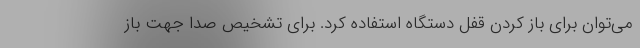
می‌توان برای باز کردن قفل دستگاه استفاده کرد. برای تشخیص صدا جهت باز